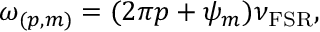
\omega _ { ( p , m ) } = ( 2 \pi p + \psi _ { m } ) \nu _ { \mathrm { F S R } } ,